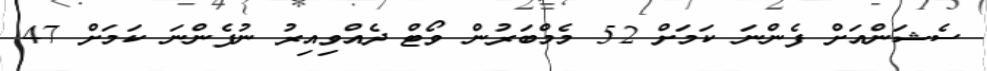
ސެޝަންއަށް ފެންނަ ކަމަށް 52 މެމްބަރުން ވޯޓް ދެއްވިއިރު ނުފެންނަ ކަމަށް 47